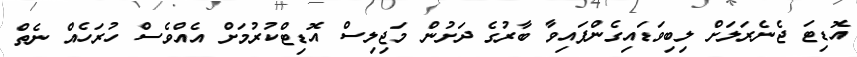
އޮޑިޓަ ޖެނެރަލަށް ލިބިވަޑައިގެންފައިވާ ބާރުގެ ދަށުން މަޖިލިސް އޮޑިޓްކުރުމަށް އެއްވެސް ހުރަހެއް ނެތް